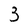
Character: 3